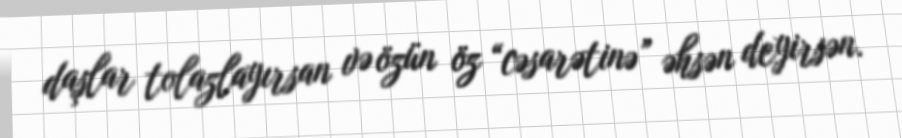
daşlar tolazlayırsan və özün öz “cəsarətinə” əhsən deyirsən.